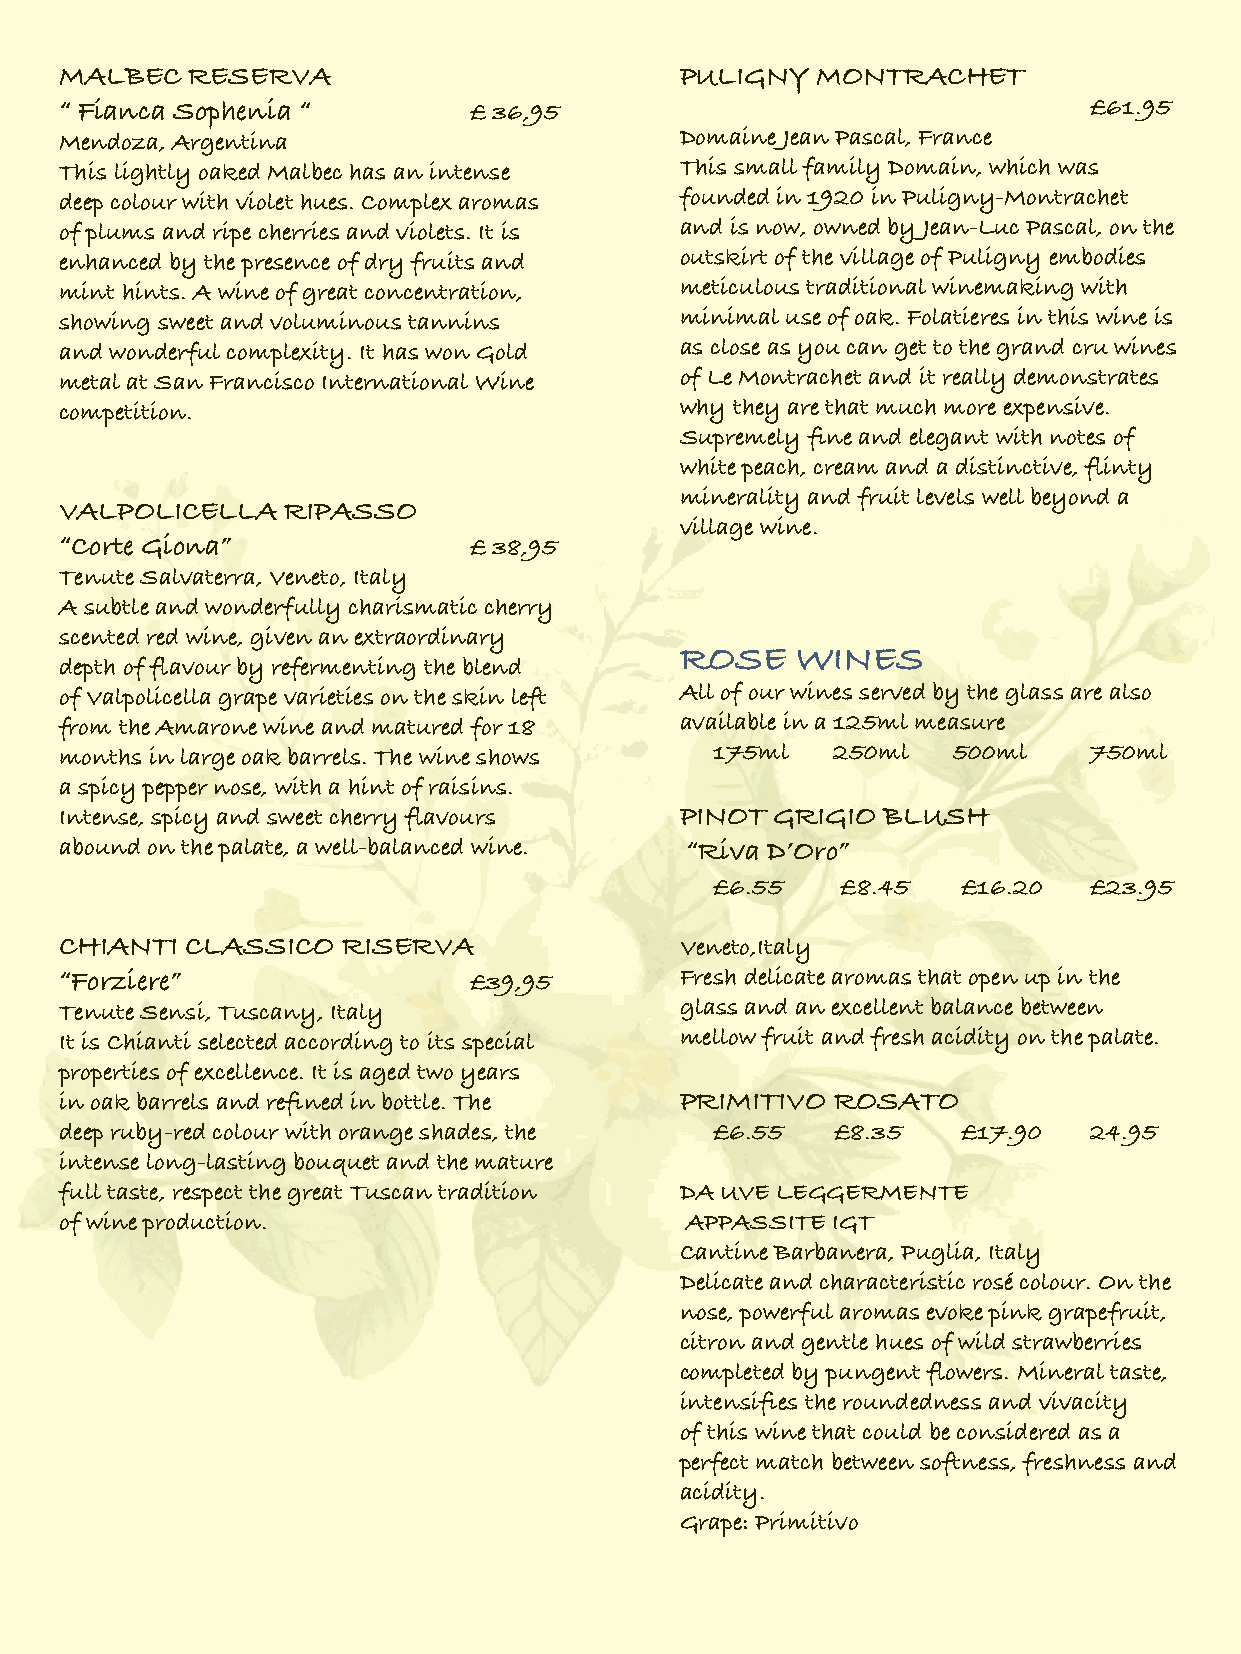
MALBEC  RESERVA                          PULIGNY  MONTRACHET
 “ Fianca Sophenia “        £ 36,95                                  £61.95
 Mendoza, Argentina                       Domaine Jean Pascal, France
 This lightly oaked Malbec has an intense This small family Domain, which was
 deep colour with violet hues. Complex aromas founded in 1920 in Puligny-Montrachet
 of plums and ripe cherries and violets. It is and is now, owned by Jean-Luc Pascal, on the
 enhanced by the presence of dry fruits and outskirt of the village of Puligny embodies
 mint hints. A wine of great concentration, meticulous traditional winemaking with
 showing sweet and voluminous tannins     minimal use of oak. Folatieres in this wine is
 and wonderful complexity. It has won Gold as close as you can get to the grand cru wines
 metal at San Francisco International Wine of Le Montrachet and it really demonstrates
 competition.                             why they are that much more expensive.
 Supremely fine and elegant with notes of
 white peach, cream and a distinctive, flinty
 minerality and fruit levels well beyond a
 VALPOLICELLA   RIPASSO
 village wine.
 “Corte Giona”              £ 38,95
 Tenute Salvaterra, Veneto, Italy
 A subtle and wonderfully charismatic cherry
 scented red wine, given an extraordinary
 ROSE    WINES
 depth of flavour by refermenting the blend
 of Valpolicella grape varieties on the skin left All of our wines served by the glass are also
 from the Amarone wine and matured for 18 available in a 125ml measure
 months in large oak barrels. The wine shows 175ml  250ml   500ml    750ml
 a spicy pepper nose, with a hint of raisins.
 Intense, spicy and sweet cherry flavours PINOT GRIGIO BLUSH
 abound on the palate, a well-balanced wine. “Riva D’Oro”
 £6.55    £8.45   £16.20  £23.95
 CHIANTI CLASSICO   RISERVA               Veneto,Italy
 “Forziere”                 £39,95        Fresh delicate aromas that open up in the
 Tenute Sensi, Tuscany, Italy             glass and an excellent balance between
 It is Chianti selected according to its special mellow fruit and fresh acidity on the palate.
 properties of excellence. It is aged two years
 in oak barrels and refined in bottle. The PRIMITIVO ROSATO
 deep ruby-red colour with orange shades, the £6.55 £8.35    £17.90  24.95
 intense long-lasting bouquet and the mature
 full taste, respect the great Tuscan tradition DA UVE LEGGERMENTE
 of wine production.                      APPASSITE IGT
 Cantine Barbanera, Puglia, Italy
 Delicate and characteristic rosé colour. On the
 nose, powerful aromas evoke pink grapefruit,
 citron and gentle hues of wild strawberries
 completed by pungent flowers. Mineral taste,
 intensifies the roundedness and vivacity
 of this wine that could be considered as a
 perfect match between softness, freshness and
 acidity.
 Grape: Primitivo